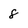
Character: 8